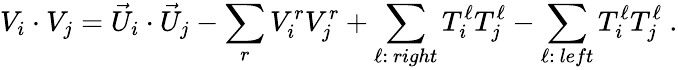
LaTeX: V_{i}\cdot V_{j}={\vec{U}}_{i}\cdot{\vec{U}}_{j}-\sum_{r}V_{i}^{r}V_{j}^{r}+\sum_{\ell:~right}T_{i}^{\ell}T_{j}^{\ell}-\sum_{\ell:~left}T_{i}^{\ell}T_{j}^{\ell}~.